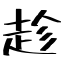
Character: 趁